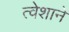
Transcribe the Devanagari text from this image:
त्वेशाने